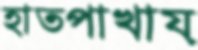
হাতপাখায়